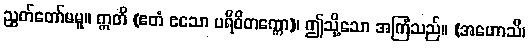
ညွတ်တော်မမူ။ ဣတိ (ဧတံ ဧသော ပရိဝိတက္ကော)၊ ဤသို့သော အကြံသည်။ (အဟောသိ၊